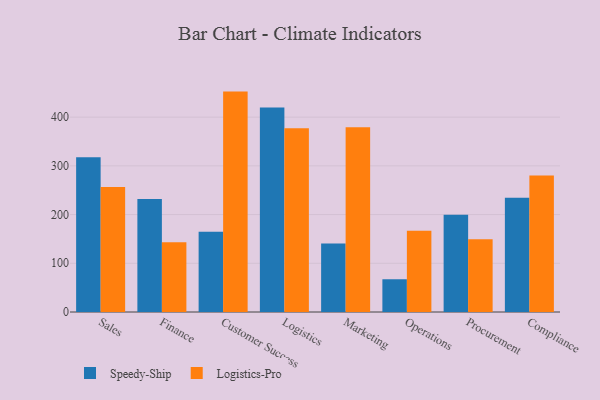
{"axis": {"x": "Department", "y": "Revenue (USD Million)"}, "legend": ["Logistics-Pro", "Speedy-Ship"], "data": [{"x": "Sales", "y": 317.7, "type": "Speedy-Ship"}, {"x": "Sales", "y": 256.6, "type": "Logistics-Pro"}, {"x": "Finance", "y": 231.7, "type": "Speedy-Ship"}, {"x": "Finance", "y": 143.1, "type": "Logistics-Pro"}, {"x": "Customer Success", "y": 164.9, "type": "Speedy-Ship"}, {"x": "Customer Success", "y": 452.4, "type": "Logistics-Pro"}, {"x": "Logistics", "y": 419.9, "type": "Speedy-Ship"}, {"x": "Logistics", "y": 377.2, "type": "Logistics-Pro"}, {"x": "Marketing", "y": 140.8, "type": "Speedy-Ship"}, {"x": "Marketing", "y": 379.3, "type": "Logistics-Pro"}, {"x": "Operations", "y": 67.2, "type": "Speedy-Ship"}, {"x": "Operations", "y": 166.7, "type": "Logistics-Pro"}, {"x": "Procurement", "y": 199.5, "type": "Speedy-Ship"}, {"x": "Procurement", "y": 149.4, "type": "Logistics-Pro"}, {"x": "Compliance", "y": 234.3, "type": "Speedy-Ship"}, {"x": "Compliance", "y": 280.2, "type": "Logistics-Pro"}]}